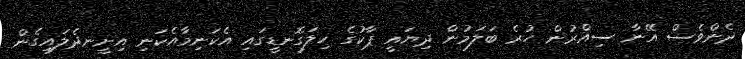
ދެންވެސް އޭނާ ސިއްރުން ހުރެ ބަލަމުން ދިޔައީ ޕާކުގެ ހިލަގޮނޑީގައި އެކަނިމާއެކަނި އިށީނދެލައިގެން